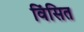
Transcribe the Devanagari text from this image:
विंसित